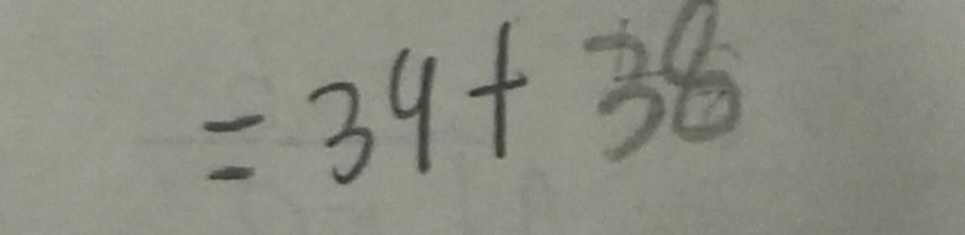
= 3 9 + 3 8